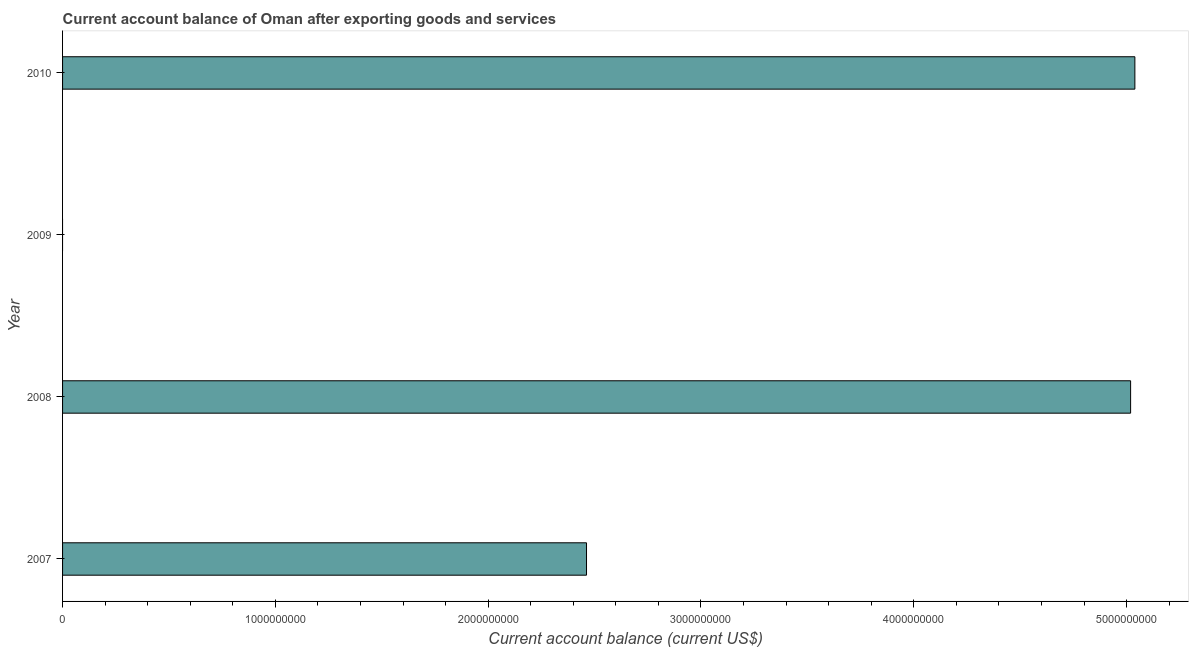
| Year | Current account balance |
 | --- | --- |
 | 2007 | 2.46e+09 |
 | 2008 | 5.02e+09 |
 | 2009 | -5.01e+08 |
 | 2010 | 5.04e+09 |